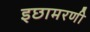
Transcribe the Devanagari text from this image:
इछामरणी